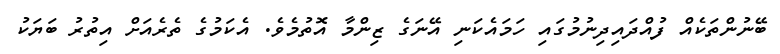
ބޭނުންތަކެއް ފުއްދައިދިނުމުގައި ހަމައެކަނި އޭނަގެ ޒިންމާ އޮތުމެވެ. އެކަމުގެ ތެރެއަށް އިތުރު ބަޔަކު